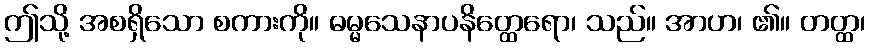
ဤသို့ အစရှိသော စကားကို။ ဓမ္မသေနာပနိတ္ထေရော၊ သည်။ အာဟ၊ ၏။ တတ္ထ၊